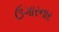
ઉગારનાર